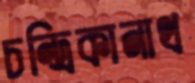
চন্দ্রিকানাথ